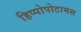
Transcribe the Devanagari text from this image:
हिप्पोपोटामस